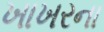
ખાખરના